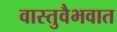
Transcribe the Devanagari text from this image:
वास्तुवैभवात